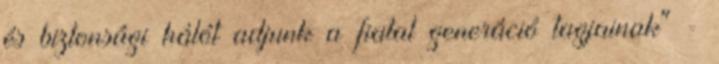
és biztonsági hálót adjunk a fiatal generáció tagjainak" -